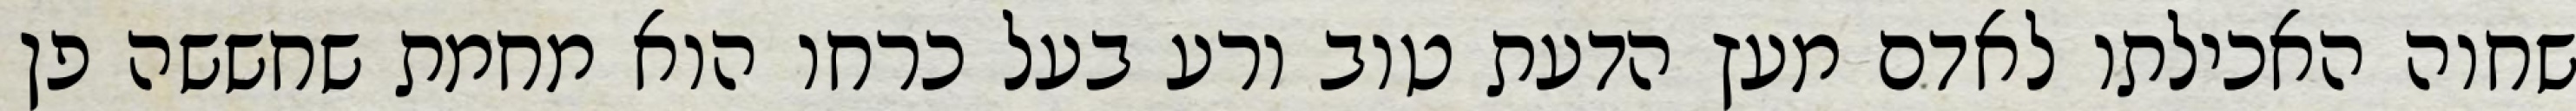
שחוה האכילתו לאדם מעץ הדעת טוב ורע בעל כרחו הוא מחמת שחששה פן